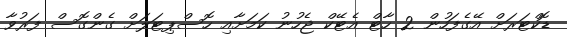
ޑޮކްޓަރަށް އޭގެފަހުން 2 ހާޓް އެޓޭކް ޖެހުނު ކަމަށާއި ހޮސްޕިޓަލަށް ގެންގޮސް ފަރުވާ